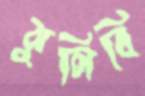
ঝুলিবি